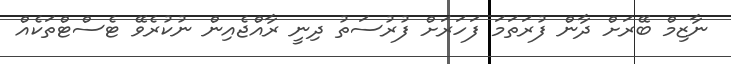
ނާޒިމް ބޭރަށް ދާން ފުރަތަމަ ފަހަރަށް ފުރުސަތު ދިނީ ރާއްޖެއިން ނުކުރެވޭ ޓެސްޓްތަކެއް